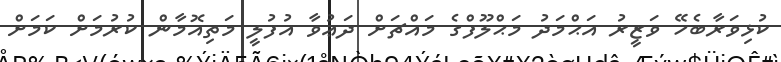
ކުޅިވަރާބެހޭ ވަޒީރު އަޙްމަދު މަޙްލޫފްގެ މައްޗަށް ދަޢުވާ އުފުލީ މަތިއޮމާން ކުރުމަށް ކަމަށް